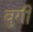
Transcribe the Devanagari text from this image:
वुगी